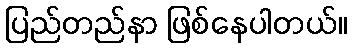
ပြည်တည်နာ ဖြစ်နေပါတယ်။